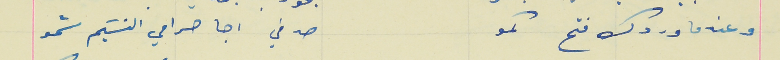
وعندما وردك فتح كمو                                     صدفي اجا حرامي النسَيم شمو